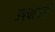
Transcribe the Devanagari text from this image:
उपचारांनीं